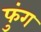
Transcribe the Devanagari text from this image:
फुंग